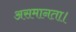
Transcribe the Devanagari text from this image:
असमानता।